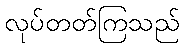
လုပ်တတ်ကြသည်